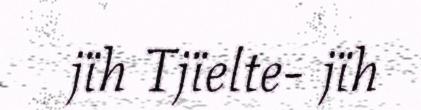
jïh Tjïelte- jïh